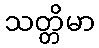
သတ္တိမာ